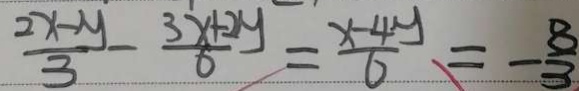
\frac { 2 x - y } { 3 } - \frac { 3 x + 2 y } { 6 } = \frac { x - 4 y } { 6 } = - \frac { 8 } { 3 }